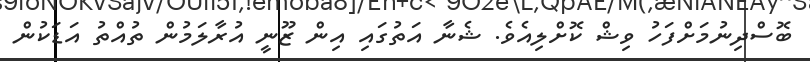
ބޮސްދިނުމަށްފަހު ވިޝް ކޮށްލިއެވެ. ޝެނާ އަތުގައި އިން ޒޫނީ އުރާލަމުން ތުއްތު އަޑަކުން